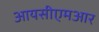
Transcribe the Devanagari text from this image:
आयसीएमआर